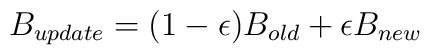
B_{update} = (1 - \epsilon) B_{old} + \epsilon B_{new}